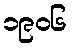
၁၉၀၆